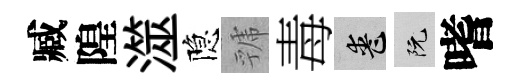
臧隍澨隐虢毒喪阮嗜